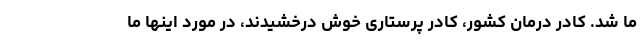
ما شد. کادر درمان کشور، کادر پرستاری خوش درخشیدند، در مورد اینها ما